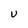
Character: U